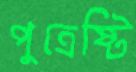
পুত্রেষ্টি